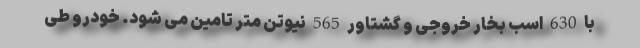
با 630 اسب بخار خروجی و گشتاور 565 نیوتن متر تامین می شود. خودرو طی